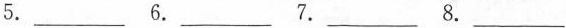
5. ___ 6. ___ 7. ___ 8. ___